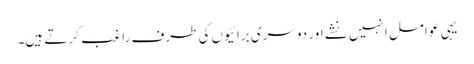
یہی عوامل انہیں نشے اور دوسری برائیوں کی طرف راغب کرتے ہیں۔